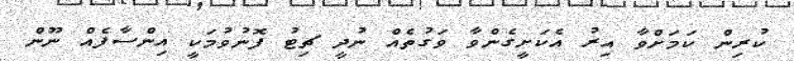
ކުރިން ކަމަށްވާ އިރު އެކަށީގެންވާ ވަގުތެއް ނުދީ ޗިޓު ފޮނުވުމަކީ އިންސާފެއް ނޫން